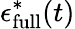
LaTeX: \epsilon_{\mathrm{full}}^{*}(t)